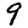
Digit: 9